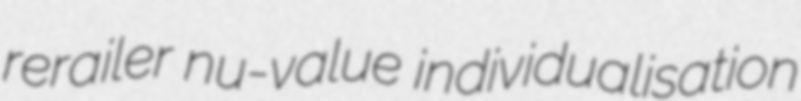
rerailer nu-value individualisation